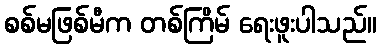
စစ်မဖြစ်မီက တစ်ကြိမ် ရေးဖူးပါသည်။